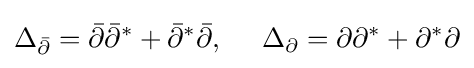
\Delta _{\bar {\partial }}={\bar {\partial }}{\bar {\partial }}^{*}+{\bar {\partial }}^{*}{\bar {\partial }},\ \ \ \ \Delta _{\partial }=\partial \partial ^{*}+\partial ^{*}\partial